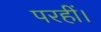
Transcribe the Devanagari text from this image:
परहीं।